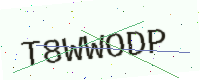
Text: T8WWODP